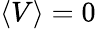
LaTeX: \langle V\rangle=0